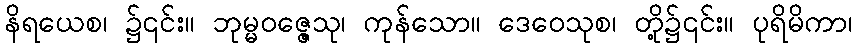
နိရယေစ၊ ၌၎င်း။ ဘုမ္မဝဇ္ဇေသု၊ ကုန်သော။ ဒေဝေသုစ၊ တို့၌၎င်း။ ပုရိမိကာ၊